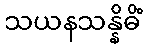
သယနသန္နိဓိံ